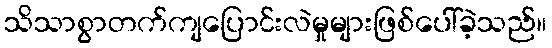
သိသာစွာတက်ကျပြောင်းလဲမှုများဖြစ်ပေါ်ခဲ့သည်။